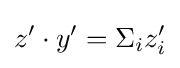
z'\cdot y'=\Sigma _{i}z'_{i}